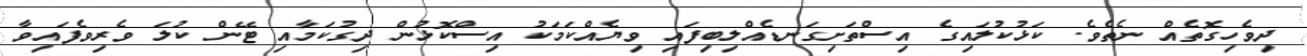
ދިވެހިގޮތެއް ނެތެވެ. ކަޅުކުލައިގެ އިސްތަށިގަނޑެއްލިބިފައި ވިޔެއްކަމަކު އިސްކޮޅުން ދިގުކަމާއި ޓޭން ކުލަ ވެރިވެފައިވާ